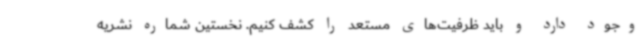
وجود دارد و باید ظرفیت‌های مستعد را کشف کنیم. نخستین شماره نشریه